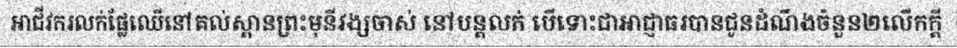
អាជីវករលក់ផ្លែឈើនៅគល់ស្ពានព្រះមុនីវង្សចាស់ នៅបន្តលក់ បើទោះជាអាជ្ញាធរបានជូនដំណឹងចំនួន២លើកក្តី